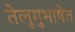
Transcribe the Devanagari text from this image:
तेलुगुभाषेत